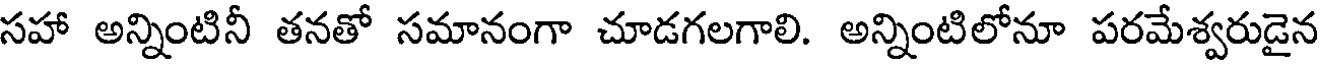
సహా అన్నింటినీ తనతో సమానంగా చూడగలగాలి. అన్నింటిలోనూ పరమేశ్వరుడైన